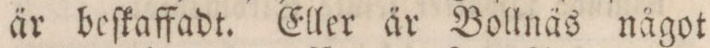
är beſkaffadt. Eller är Bollnäs något